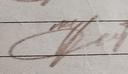
Signature authenticity: genuine